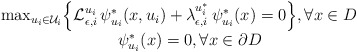
\begin{align*}\left.\begin{array}{c}\max_{u_i \in \mathcal{U}_i} \Bigl \{\mathcal{L}_{\epsilon,i}^{u_i}\,\psi_{u_i}^{\ast}(x, u_i) + \lambda_{\epsilon,i}^{u_i^{\ast}}\,\psi_{u_i}^{\ast}(x) = 0 \Bigr \}, \forall x \in D\\\quad~ \psi_{u_i}^{\ast}(x) = 0, \forall x \in \partial D\\\end{array} \right. \end{align*}